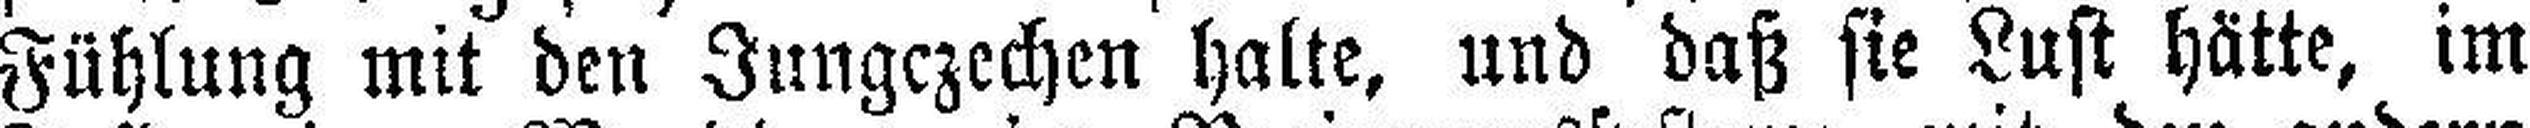
Fühlung mit den Jungezechen halte, und daß sie Lust hätte, im